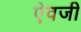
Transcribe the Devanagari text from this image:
एेवजी